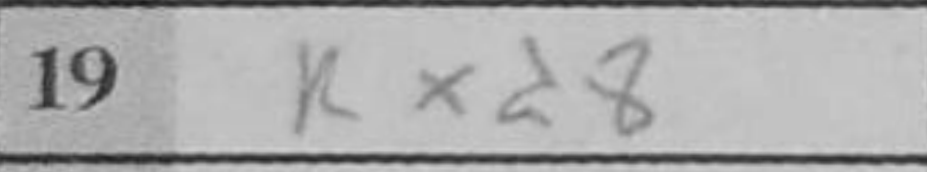
Transcription: Rxd8